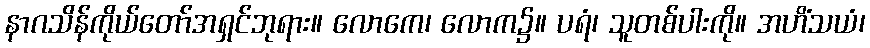
နာဂသိန်ကိုယ်တော်အရှင်ဘုရား။ လောကေ၊ လောက၌။ ပရံ၊ သူတစ်ပါးကို။ အဟိံသယံ၊